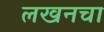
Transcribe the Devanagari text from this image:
लखनचा